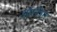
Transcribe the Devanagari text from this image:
आॅरजिन